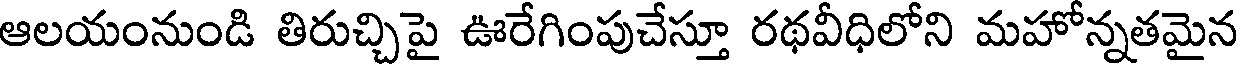
ఆలయంనుండి తిరుచ్చిపై ఊరేగింపుచేస్తూ రథవీధిలోని మహోన్నతమైన